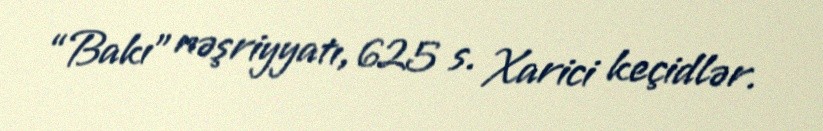
“Bakı” nəşriyyatı, 625 s. Xarici keçidlər.